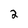
Character: 2